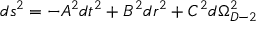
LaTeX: d s ^ { 2 } = - A ^ { 2 } d t ^ { 2 } + B ^ { 2 } d r ^ { 2 } + C ^ { 2 } d \Omega _ { D - 2 } ^ { 2 }